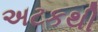
અટકથી